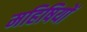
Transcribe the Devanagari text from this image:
महिषियों